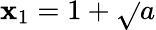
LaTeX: \mathbf{x}_{1}=1+{\sqrt{}{{a}}}